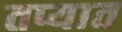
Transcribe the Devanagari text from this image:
तप्यात